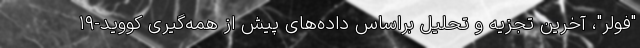
"فولر"، آخرین تجزیه و تحلیل براساس داده‌های پیش از همه‌گیری کووید-۱۹